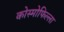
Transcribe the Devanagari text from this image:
कोस्मोफिल्ला